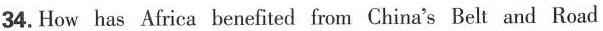
34. How has Africa benefited from China's Belt and Road